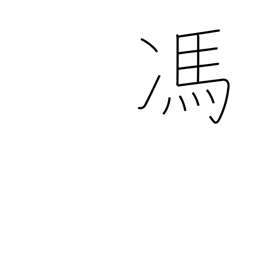
Meaning: displeasure